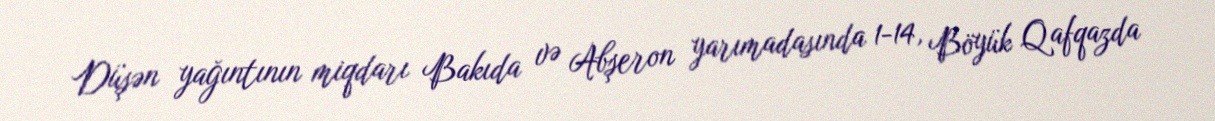
Düşən yağıntının miqdarı Bakıda və Abşeron yarımadasında 1-14, Böyük Qafqazda